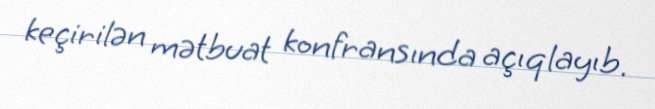
keçirilən mətbuat konfransında açıqlayıb.